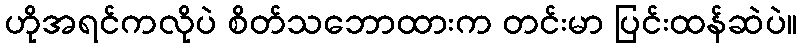
ဟိုအရင်ကလိုပဲ စိတ်သဘောထားက တင်းမာ ပြင်းထန်ဆဲပဲ။